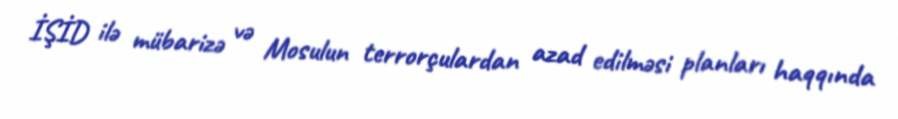
İŞİD ilə mübarizə və Mosulun terrorçulardan azad edilməsi planları haqqında